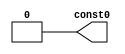
// This program was cloned from: https://github.com/lnis-uofu/SOFA
// License: MIT License

//
//
//
//
//
//
//
//
`timescale 1ns / 1ps

//
module const0(const0);
//
output [0:0] const0;

//
//


//
//

	assign const0[0] = 1'b0;
endmodule
//

//
module const1(const1);
//
output [0:0] const1;

//
//


//
//

	assign const1[0] = 1'b1;
endmodule
//